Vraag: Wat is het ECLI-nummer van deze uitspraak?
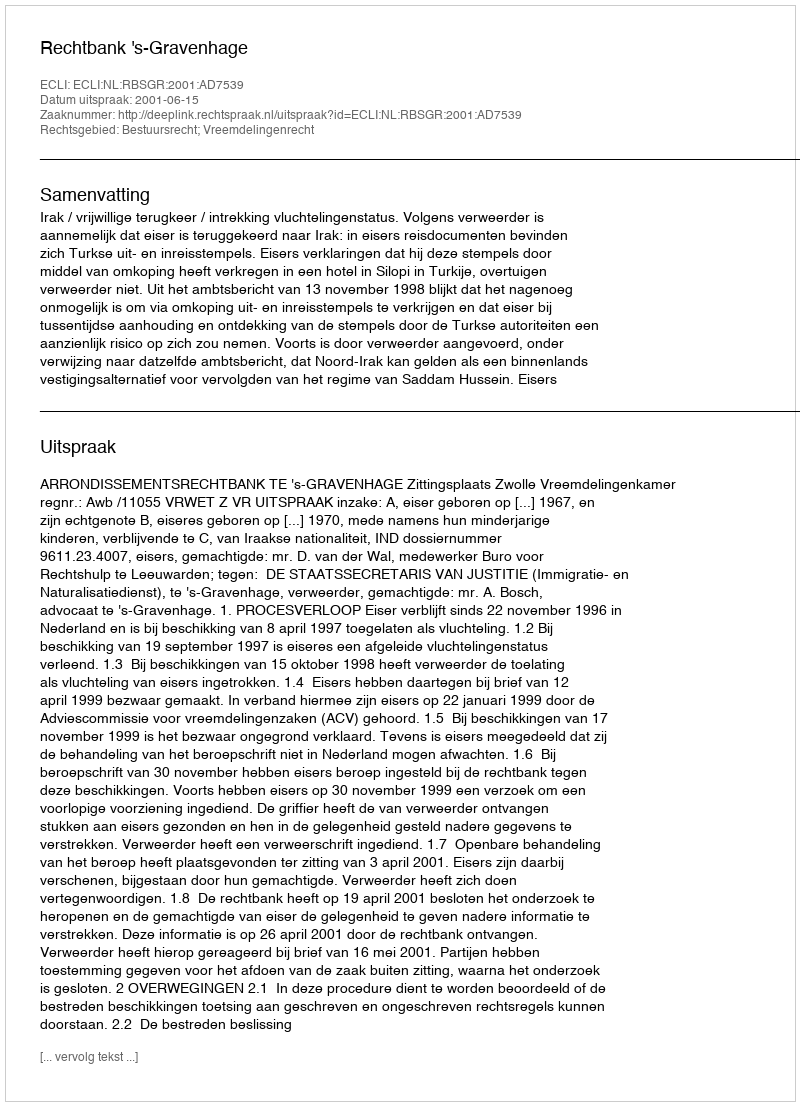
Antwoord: ECLI:NL:RBSGR:2001:AD7539